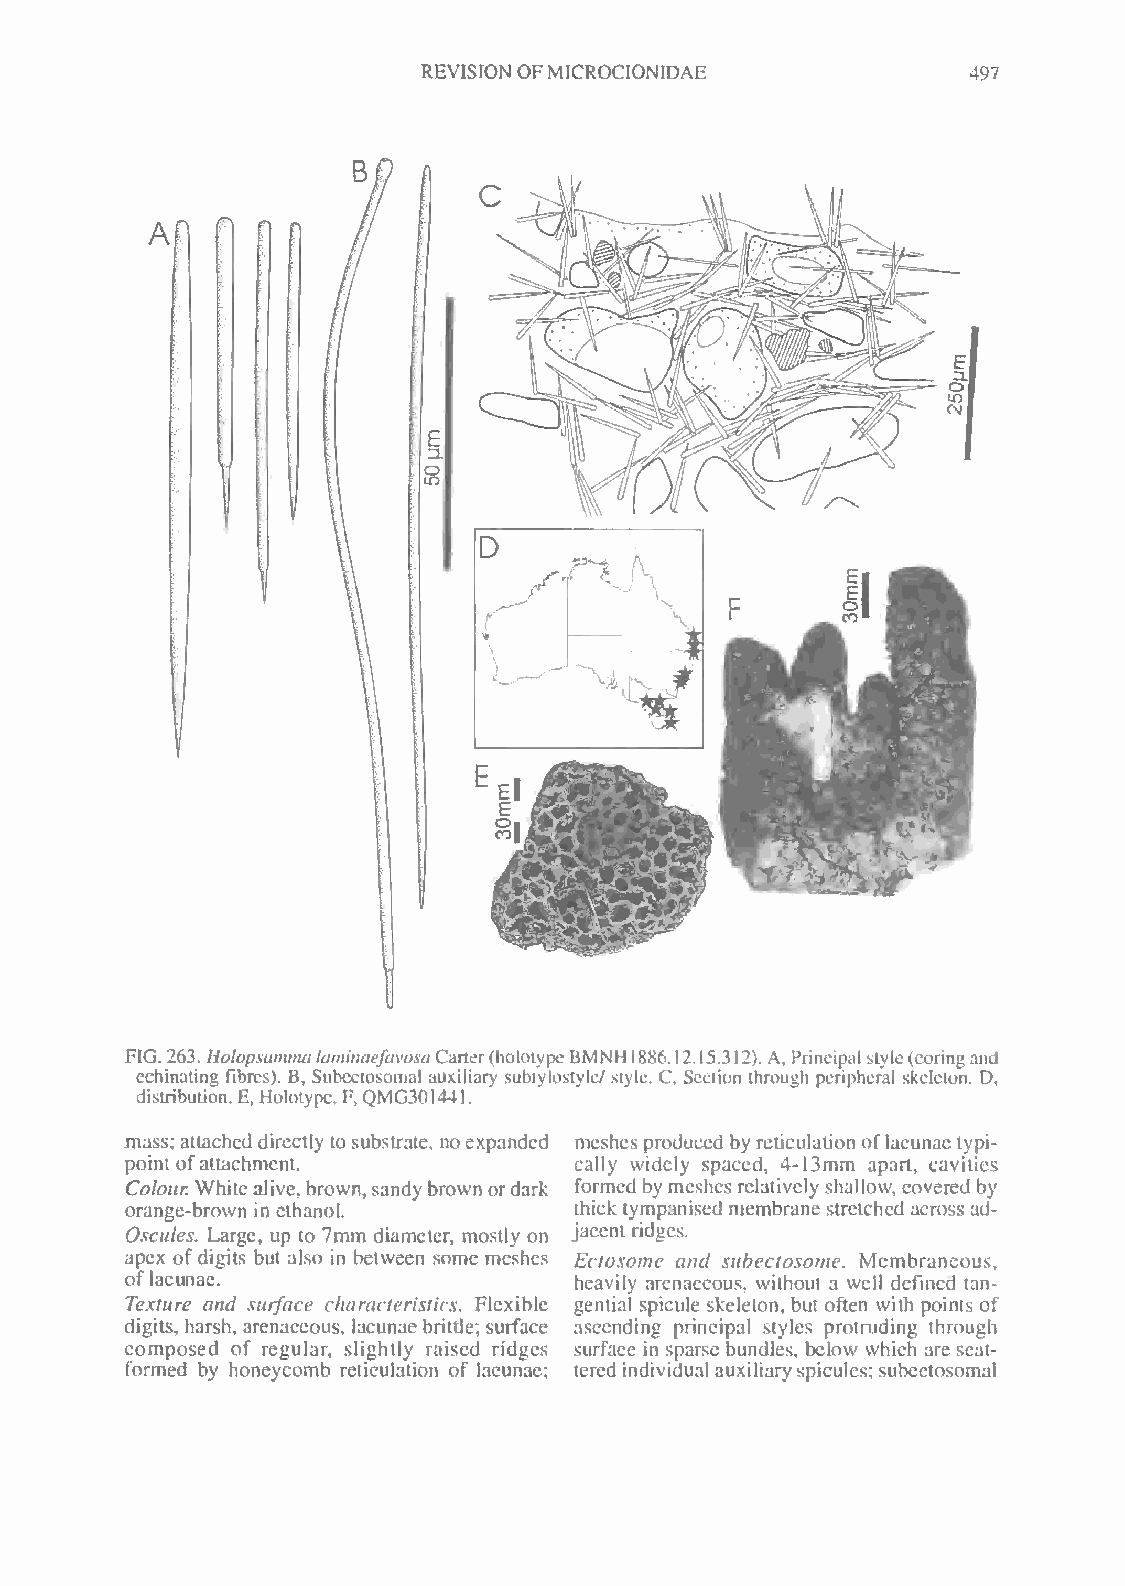
REVISION OFMICROCIONIDAE            497
 A
 FIG. 263. HotopsamimlaminaefavosaCarter(hololypc BMNH 886.12.15.312). A,Principalstyle(coringand
 1
 cchinating fibres). B, Subcctosomal auxiliary subiylostyle/ style. C, Section through peripheral skeleton. D,
 distribution. E, Holotype. F, QMG301441.
 mass; attached directly tosubstrate, noexpanded meshesproduced by reticulation oflacunae typi-
 point ofattachment.           cally widely spaced, 4-13mm apart, cavities
 Colour White alive, brown, sandy brown ordark formed by meshes relatively shallow, covered by
 orange-brown in ethanol.      thick tympanised membrane stretched across ad-
 Oscules. Large, up to 7mm diameter, mostly on jacent ridges.
 apex ofdigits but also in between some meshes Ectosome and subectosome. Membraneous,
 of lacunae.                   heavily arenaceous, without a well defined tan-
 Texture and surface characteristics. Flexible gential spicule skeleton, but often with points of
 digits, harsh, arenaceous, lacunae brittle; surface ascending principal styles protruding through
 composed of regular, slightly raised ridges surface in sparse bundles, below which are scat-
 formed by honeycomb reticulation of lacunae; tered individual auxiliary spicules; subectosomal